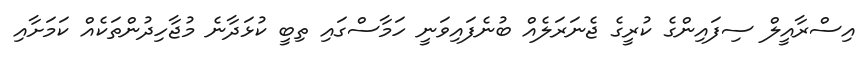
އިސްރާއީލް ސިފައިންގެ ކުރީގެ ޖެނަރަލެއް ބުނެފައިވަނީ ހަމާސްގައި ތިބީ ކުޅަދާނެ މުޖާހިދުންތަކެއް ކަމަށާއި